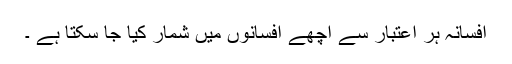
افسانہ ہر اعتبار سے اچھے افسانوں میں شمار کیا جا سکتا ہے ۔